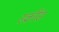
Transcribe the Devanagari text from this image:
स्क्रींस